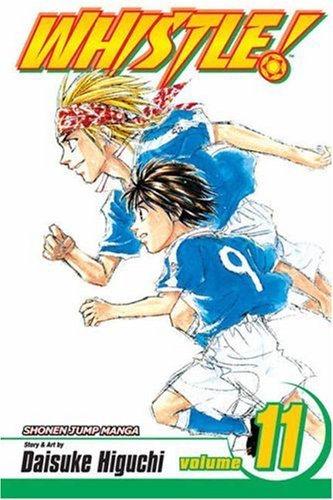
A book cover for Whistle!, Vol. 11 (v. 11); Daisuke Higuchi; Comics & Graphic Novels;